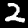
Digit: 2